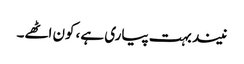
نیند بہت پیاری ہے، کون اٹھے۔